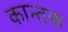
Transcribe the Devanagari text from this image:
कान्तक